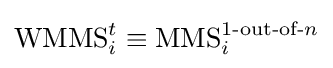
\operatorname {WMMS} _{i}^{t}\equiv \operatorname {MMS} _{i}^{1{\text{-out-of-}}n}